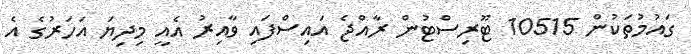
ގައުމުތަކުން 10515 ޓޫރިސްޓުން ރާއްޖެ އައިސްފައި ވާއިރު އެއީ މިދިޔަ އަހަރުގެ އެ